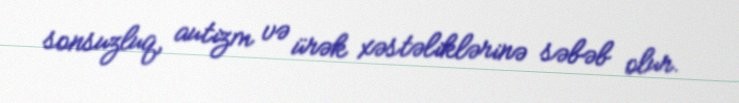
sonsuzluq, autizm və ürək xəstəliklərinə səbəb olur.